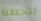
للخطة